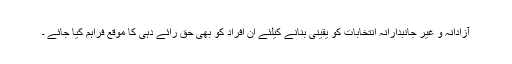
آزادانہ و غیر جانبدارانہ انتخابات کو یقینی بنانے کیلئے ان افراد کو بھی حق رائے دہی کا موقع فراہم کیا جائے ۔